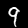
Digit: 9